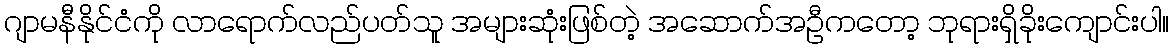
ဂျာမနီနိုင်ငံကို လာရောက်လည်ပတ်သူ အများဆုံးဖြစ်တဲ့ အဆောက်အဦကတော့ ဘုရားရှိခိုးကျောင်းပါ။